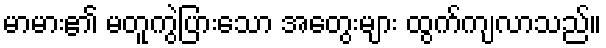
မာမား၏ မတူကွဲပြားသော အတွေးများ ထွက်ကျလာသည်။